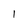
Character: I